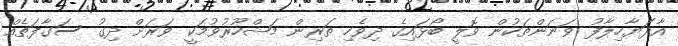
އާދަޔާހިލާފު ވަނަންތަކުން ވޮލީ ބޯޅައިގެ ދިވެހި ތަރިން މަޝްހޫރުވުމަކީ ވަރަށް ދިގު ސަގާފަތެއް